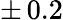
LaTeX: \pm\, 0.2